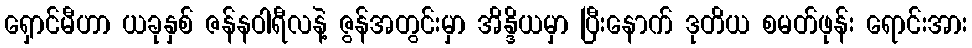
ရှောင်မီဟာ ယခုနှစ် ဇန်နဝါရီလနဲ့ ဇွန်အတွင်းမှာ အိန္ဒိယမှာ ပြီးနောက် ဒုတိယ စမတ်ဖုန်း ရောင်းအား